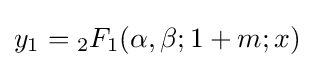
y_{1}={_{2}F_{1}}(\alpha ,\beta ;1+m;x)